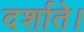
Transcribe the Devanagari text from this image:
दर्शाते।